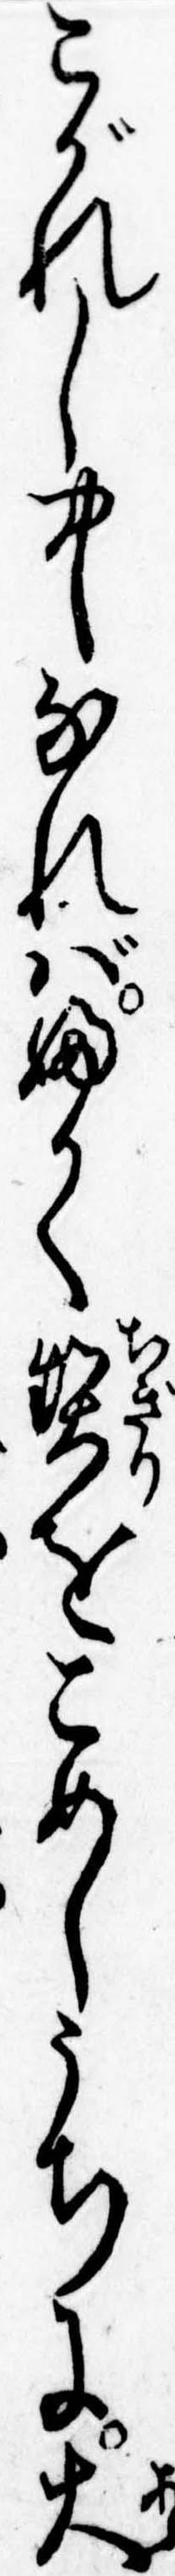
こがれし中なればふかく契をこめしうちに大